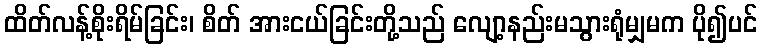
ထိတ်လန့်စိုးရိမ်ခြင်း၊ စိတ် အားငယ်ခြင်းတို့သည် လျော့နည်းမသွားရုံမျှမက ပို၍ပင်